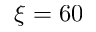
\xi = 6 0